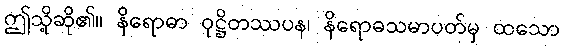
ဤသို့ဆို၏။ နိရောဓာ ဝုဋ္ဌိတဿပန၊ နိရောဓသမာပတ်မှ ထသော